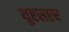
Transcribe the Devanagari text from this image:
युएसएर